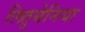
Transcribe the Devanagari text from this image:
लितुयेनिया